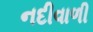
નદીવાળી